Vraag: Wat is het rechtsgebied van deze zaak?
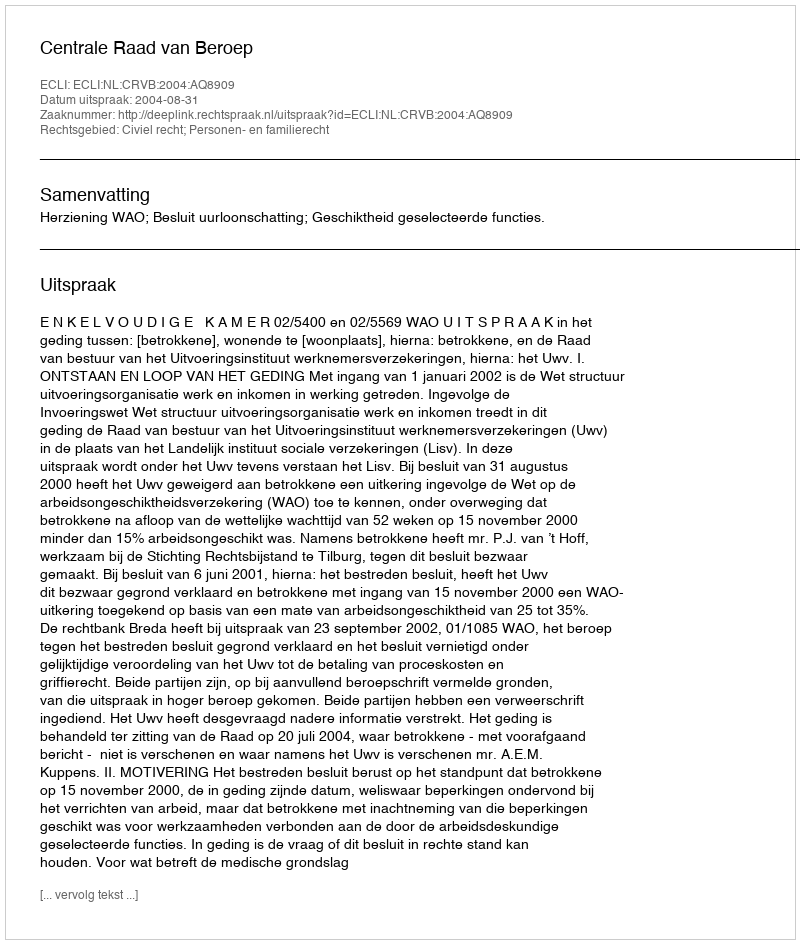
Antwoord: Civiel recht; Personen- en familierecht